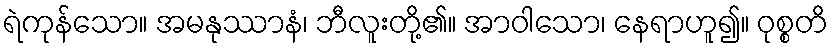
ရဲကုန်သော။ အမနုဿာနံ၊ ဘီလူးတို့၏။ အာဝါသော၊ နေရာဟူ၍။ ဝုစ္စတိ